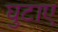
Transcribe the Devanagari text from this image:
घुटाए